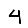
Digit: 4